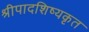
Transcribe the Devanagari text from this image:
श्रीपादशिष्यकृत